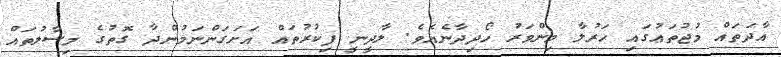
އާދަތައް މުޖުތަޢުގައި ހަރުލާ މިންވަރު ހޯދިދާނެއެވެ. ލާދީނީ ފިކުރުތައް އަށަގަންނަމުންދާ ގޮތުގެ މިސާލުތައް